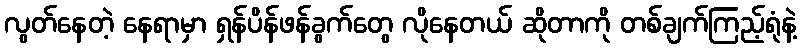
လွတ်နေတဲ့ နေရာမှာ ရှန်ပိန်ဖန်ခွက်တွေ လိုနေတယ် ဆိုတာကို တစ်ချက်ကြည့်ရုံနဲ့